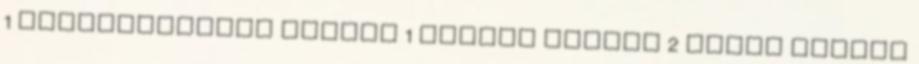
1 Lélekgyógyász írásai 1 Olivin írásai 2 Pacal írásai